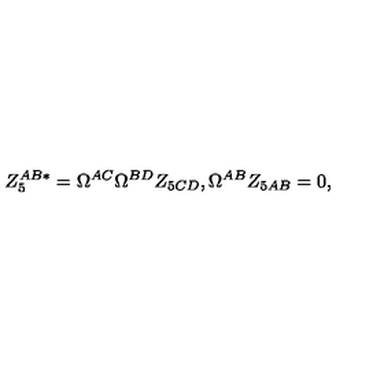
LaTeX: Z _ { 5 } ^ { A B * } = \Omega ^ { A C } \Omega ^ { B D } Z _ { 5 C D } , \Omega ^ { A B } Z _ { 5 A B } = 0 ,